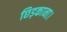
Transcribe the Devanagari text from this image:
छिड़काना।